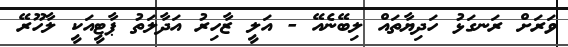
ވަރަށް ރަނގަޅު ހަދިޔާތައް ލިބޭނެއޭ - އަލީ ޒާހިރު އަދާލަތު ޕާޓީއަކީ ލާހޫރޭ